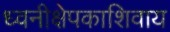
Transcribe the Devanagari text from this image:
ध्वनीक्षेपकाशिवाय